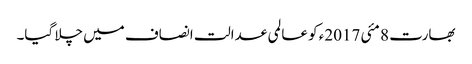
بھارت 8 مئی 2017ء کو عالمی عدالت انصاف میں چلا گیا۔